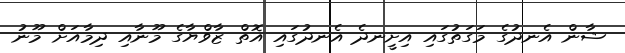
ޝާން އެނދުގެ މަގަތުގައި އިށީނދެ އެނދުގައި އޮތް ޒާވްޔާގެ މޫނާއި ދިމާއަށް މޫނު